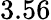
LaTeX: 3.56